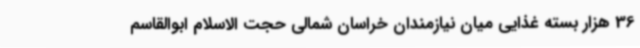
36 هزار بسته غذایی میان نیازمندان خراسان شمالی حجت الاسلام ابوالقاسم